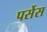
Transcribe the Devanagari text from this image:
पर्सेस